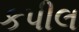
કપીલ